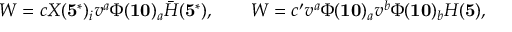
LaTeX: W = c X ( { \bf 5 ^ { * } } ) _ { i } v ^ { a } \Phi ( { \bf 1 0 } ) _ { a } \bar { H } ( { \bf 5 ^ { * } } ) , \qquad W = c ^ { \prime } v ^ { a } \Phi ( { \bf 1 0 } ) _ { a } v ^ { b } \Phi ( { \bf 1 0 } ) _ { b } H ( { \bf 5 } ) ,